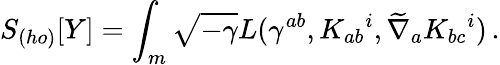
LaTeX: S_{(ho)}[Y]=\int_{m}\sqrt{-\gamma}L(\gamma^{ab},K_{ab}{}^{i},\widetilde\nabla_{a}K_{bc}{}^{i})\, .